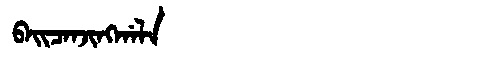
Manchu: ᠪᠠᡳᠴᠠᠨᠵᡳᠩᡤᠠᠯᠠ
Romanization: BAICANJINGGALA